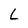
Character: L